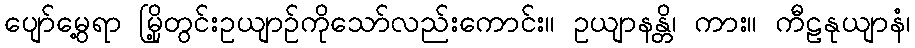
ပျော်မွေ့ရာ မြို့တွင်းဥယျာဉ်ကိုသော်လည်းကောင်း။ ဥယျာနန္တိ၊ ကား။ ကီဠနုယျာနံ၊